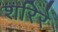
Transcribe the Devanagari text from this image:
शरिरे